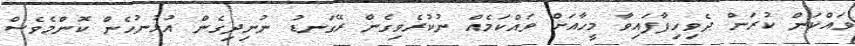
ވައްކަން ކުރަން ދެވިހިފާފައިވާ މީހާއަށް ވައްކަމެއް ނުކުރެވިގެން ރޭގަނޑު ނުނިދިގެން އުޅުނުހެން ކޮންމެވެސް